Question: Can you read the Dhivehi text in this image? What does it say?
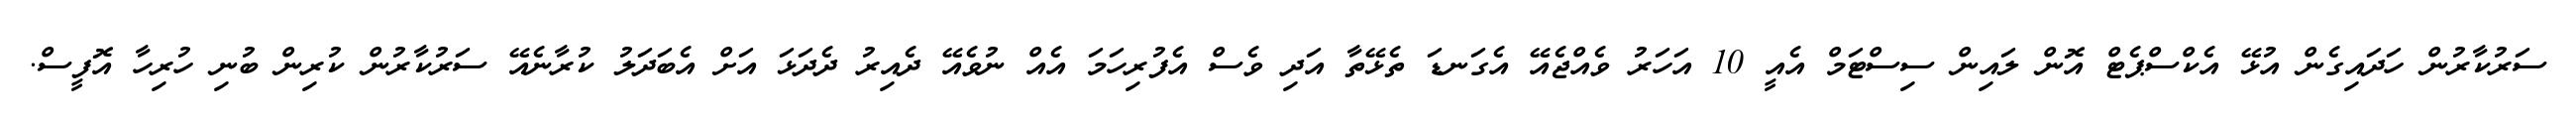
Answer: ސަރުކާރުން ހަދައިގެން އުޅޭ އެކްސްޕެޓް އޮން ލައިން ސިސްޓަމް އެއީ 10 އަހަރު ވެއްޖެއޭ އެގަނޑަ ތެޅޭތާ އަދި ވެސް އެފުރިހަމަ އެއް ނުވެއޭ ދެއިރު ދެދަޅަ އަށް އެބަދަލު ކުރާނެއޭ ސަރުކާރުން ކުރިން ބުނި ހުރިހާ އޮފީސް.